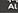
al